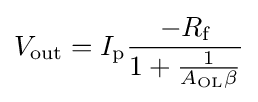
V_{\text{out}}=I_{\text{p}}{\frac {-R_{\text{f}}}{1+{\frac {1}{A_{\text{OL}}\beta }}}}